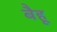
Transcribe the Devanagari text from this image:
बैहू